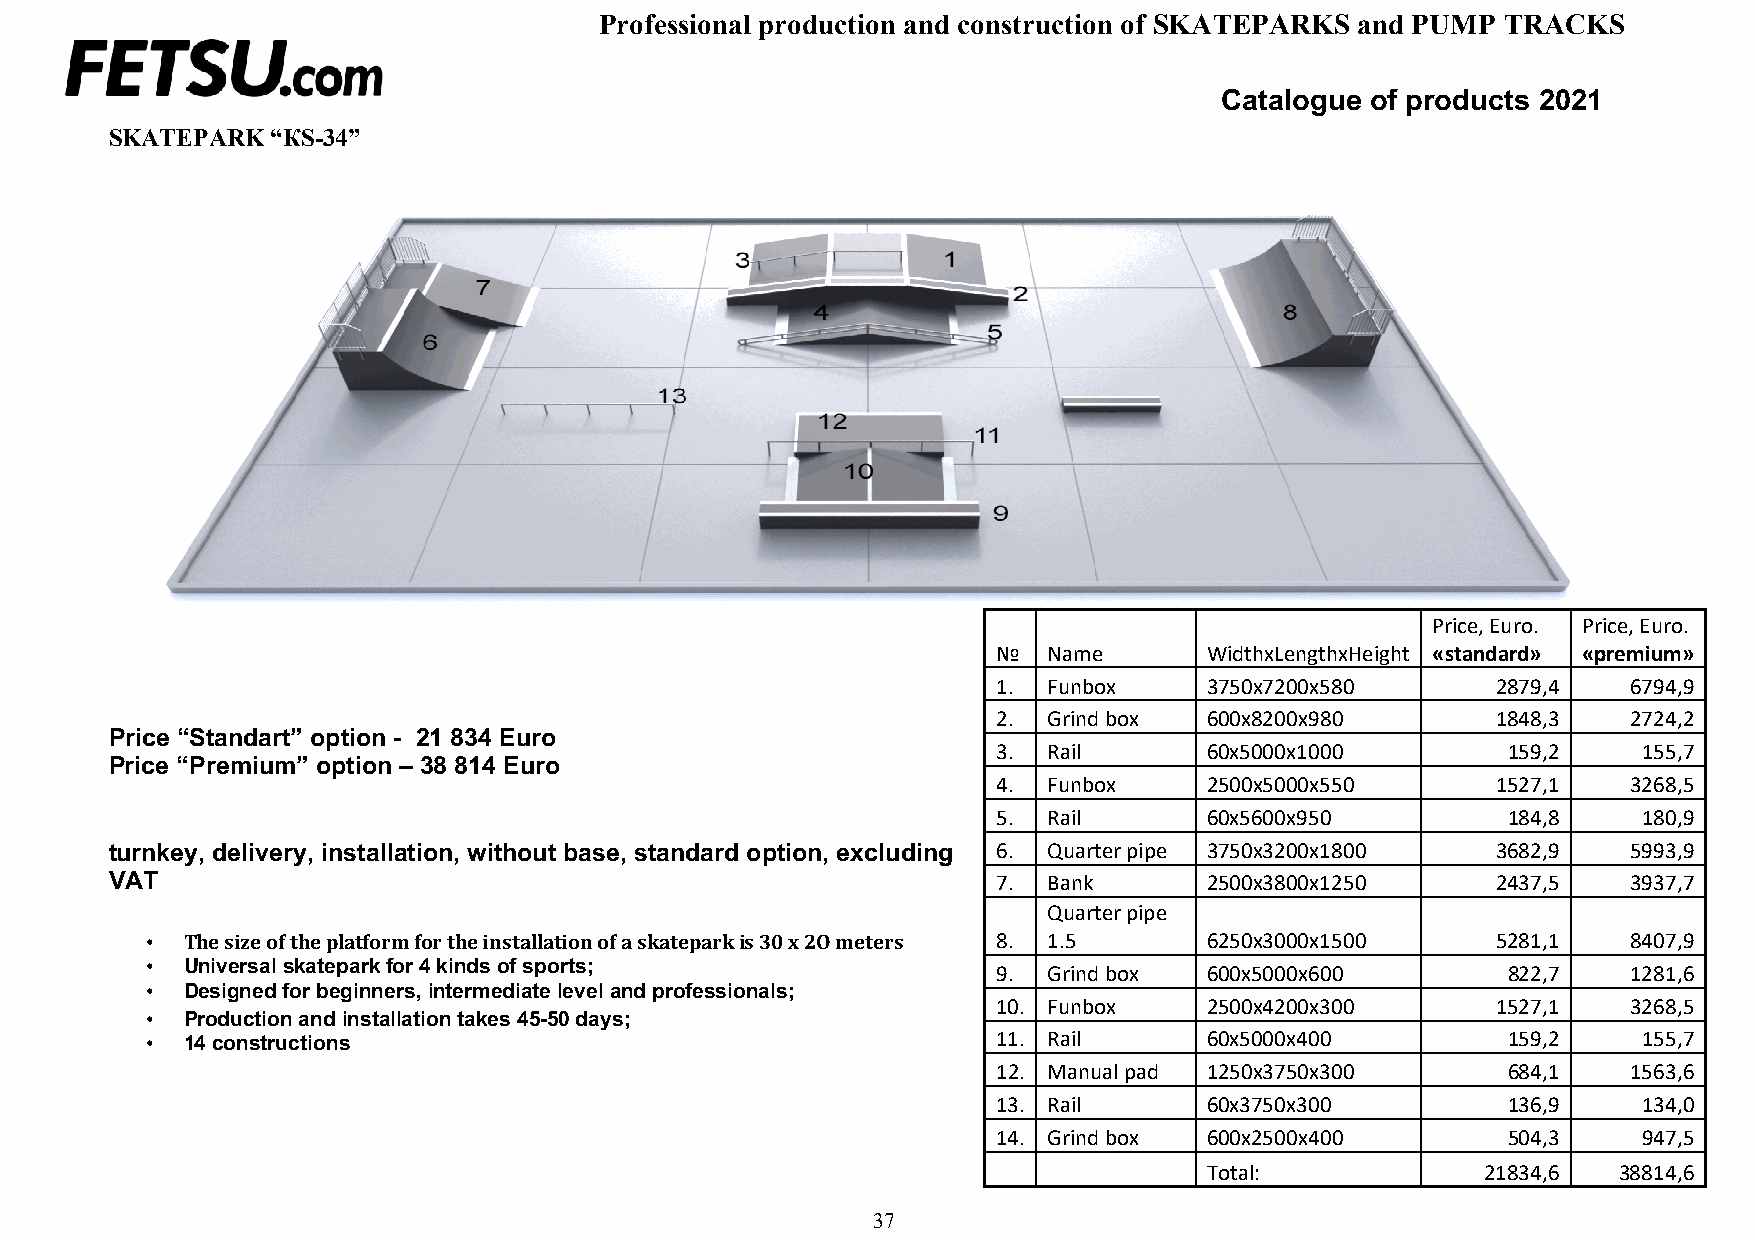
Professional production and construction of SKATEPARKS and PUMP TRACKS
 Catalogue of products 2021
 SKATEPARK  “КS-34”
 Price, Euro. Price, Euro.
 №  Name       WidthxLengthxHeight «standard» «premium»
 1. Funbox     3750х7200х580      2879,4   6794,9
 2. Grind box  600х8200х980       1848,3   2724,2
 Price “Standart” option - 21 834 Euro
 Price “Premium” option – 38 814 Euro
 3. Rail       60х5000х1000        159,2    155,7
 4. Funbox     2500х5000х550      1527,1   3268,5
 5. Rail       60х5600х950         184,8    180,9
 turnkey, delivery, installation, without base, standard option, excluding 6. Quarter pipe 3750х3200х1800 3682,9 5993,9
 VAT                                                        7. Bank       2500х3800х1250     2437,5   3937,7
 Quarter pipe
 • The size of the platform for the installation of a skatepark is 30 x 2O meters 8. 1.5 6250х3000х1500 5281,1 8407,9
 • Universal skatepark for 4 kinds of sports;
 9. Grind box  600х5000х600        822,7   1281,6
 • Designed for beginners, intermediate level and professionals;
 10. Funbox    2500х4200х300      1527,1   3268,5
 • Production and installation takes 45-50 days;
 • 14 constructions                                      11. Rail      60х5000х400         159,2    155,7
 12. Manual pad 1250х3750х300      684,1   1563,6
 13. Rail      60х3750х300         136,9    134,0
 14. Grind box 600х2500х400        504,3    947,5
 Total:            21834,6  38814,6
 37